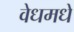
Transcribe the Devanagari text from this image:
वेधमधे